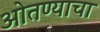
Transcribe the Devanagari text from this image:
ओतण्याचा